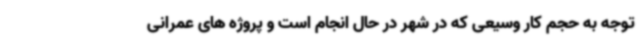
توجه به حجم کار وسیعی که در شهر در حال انجام است و پروژه های عمرانی